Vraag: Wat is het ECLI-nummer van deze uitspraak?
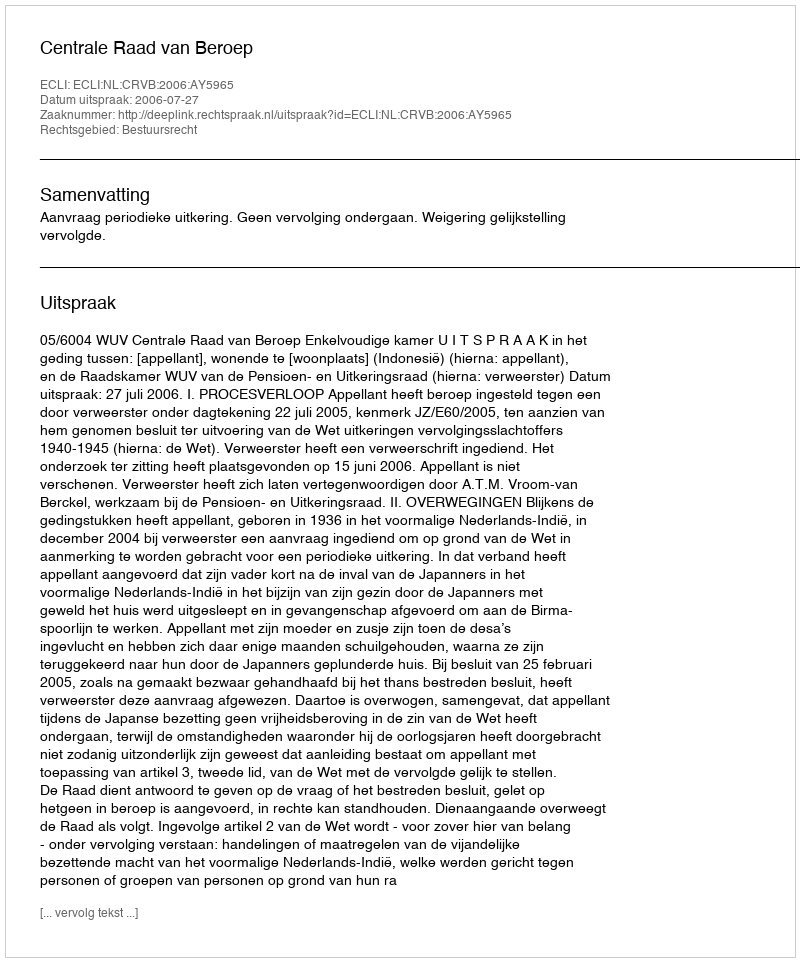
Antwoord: ECLI:NL:CRVB:2006:AY5965